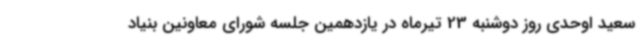
سعید اوحدی روز دوشنبه 23 تیرماه در یازدهمین جلسه شورای معاونین بنیاد